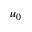
u _ { 0 }